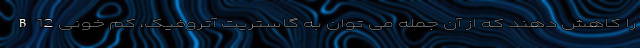
B12 را کاهش دهند که از آن جمله می توان به گاستریت آتروفیک، کم خونی